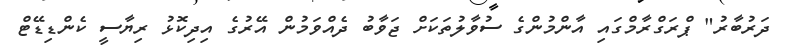
ދަރުބާރު" ޕްރަގްރާމްގައި އާންމުންގެ ސުވާލުތަކަށް ޖަވާބު ދެއްވަމުން އޭރުގެ އިދިކޮޅު ރިޔާސީ ކެންޑިޑޭޓް